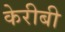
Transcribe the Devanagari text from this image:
केरीबी